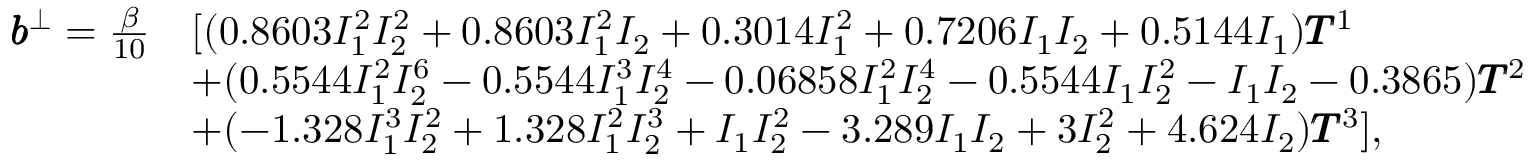
\begin{array} { r l } { \pmb { b } ^ { \bot } = \frac { \beta } { 1 0 } } & { [ ( 0 . 8 6 0 3 I _ { 1 } ^ { 2 } I _ { 2 } ^ { 2 } + 0 . 8 6 0 3 I _ { 1 } ^ { 2 } I _ { 2 } + 0 . 3 0 1 4 I _ { 1 } ^ { 2 } + 0 . 7 2 0 6 I _ { 1 } I _ { 2 } + 0 . 5 1 4 4 I _ { 1 } ) \pmb { T } ^ { 1 } } \\ & { + ( 0 . 5 5 4 4 I _ { 1 } ^ { 2 } I _ { 2 } ^ { 6 } - 0 . 5 5 4 4 I _ { 1 } ^ { 3 } I _ { 2 } ^ { 4 } - 0 . 0 6 8 5 8 I _ { 1 } ^ { 2 } I _ { 2 } ^ { 4 } - 0 . 5 5 4 4 I _ { 1 } I _ { 2 } ^ { 2 } - I _ { 1 } I _ { 2 } - 0 . 3 8 6 5 ) \pmb { T } ^ { 2 } } \\ & { + ( - 1 . 3 2 8 I _ { 1 } ^ { 3 } I _ { 2 } ^ { 2 } + 1 . 3 2 8 I _ { 1 } ^ { 2 } I _ { 2 } ^ { 3 } + I _ { 1 } I _ { 2 } ^ { 2 } - 3 . 2 8 9 I _ { 1 } I _ { 2 } + 3 I _ { 2 } ^ { 2 } + 4 . 6 2 4 I _ { 2 } ) \pmb { T } ^ { 3 } ] , } \end{array}